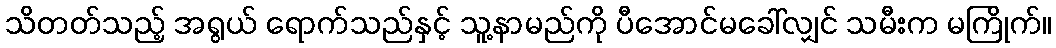
သိတတ်သည့် အရွယ် ရောက်သည်နှင့် သူ့နာမည်ကို ပီအောင်မခေါ်လျှင် သမီးက မကြိုက်။